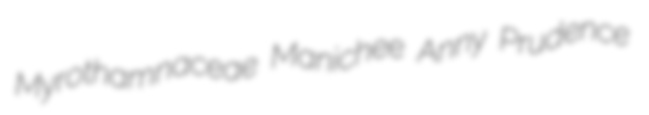
Myrothamnaceae Manichee Anny Prudence